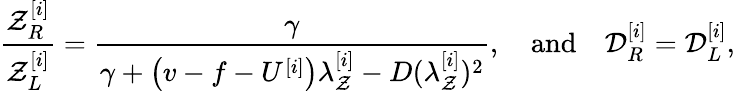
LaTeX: \frac{\mathcal{Z}_{R}^{[i]}}{\mathcal{Z}_{L}^{[i]}}=\frac{\gamma}{\gamma+\left(v-f-U^{[i]}\right)\lambda_{\mathcal{Z}}^{[i]}-D(\lambda_{\mathcal{Z}}^{[i]})^{2}},\quad\mathrm{and}\quad\mathcal{D}_{R}^{[i]}=\mathcal{D}_{L}^{[i]},